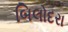
બિલોદરા